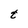
Character: t